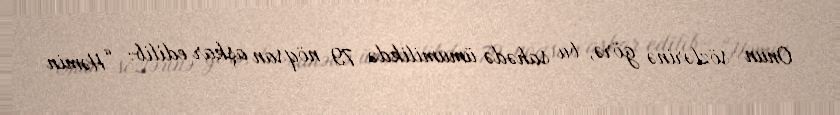
Onun sözlərinə görə, bu sahədə ümumilikdə 79 nöqsan aşkar edilib: “Həmin